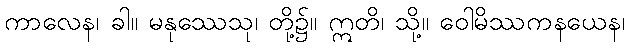
ကာလေန၊ ခါ။ မနုဿေသု၊ တို့၌။ ဣတိ၊ သို့။ ဝေါမိဿကနယေန၊